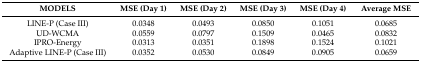
<table><thead><tr><td><b>MODELS</b></td><td><b>MSE (Day 1)</b></td><td><b>MSE (Day 2)</b></td><td><b>MSE (Day 3)</b></td><td><b>MSE (Day 4)</b></td><td><b>Average MSE</b></td></tr></thead><tbody><tr><td>LINE-P (Case III)</td><td>0.0348</td><td>0.0493</td><td>0.0850</td><td>0.1051</td><td>0.0685</td></tr><tr><td>UD-WCMA</td><td>0.0559</td><td>0.0797</td><td>0.1509</td><td>0.0465</td><td>0.0832</td></tr><tr><td>IPRO-Energy</td><td>0.0313</td><td>0.0351</td><td>0.1898</td><td>0.1524</td><td>0.1021</td></tr><tr><td>Adaptive LINE-P (Case III)</td><td>0.0352</td><td>0.0530</td><td>0.0849</td><td>0.0905</td><td>0.0659</td></tr></tbody></table>